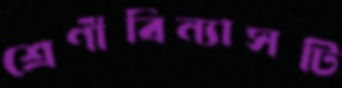
শ্রেণীবিন্যাসটি